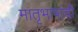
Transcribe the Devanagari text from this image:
मातृभाषांची